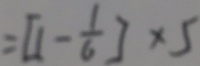
= [ 1 - \frac { 1 } { 6 } ] \times 5